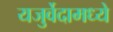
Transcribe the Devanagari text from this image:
यजुर्वेदामध्ये